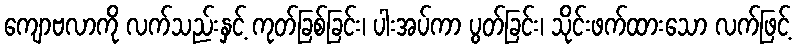
ကျောဗလာကို လက်သည်းနှင့် ကုတ်ခြစ်ခြင်း၊ ပါးအပ်ကာ ပွတ်ခြင်း၊ သိုင်းဖက်ထားသော လက်ဖြင့်